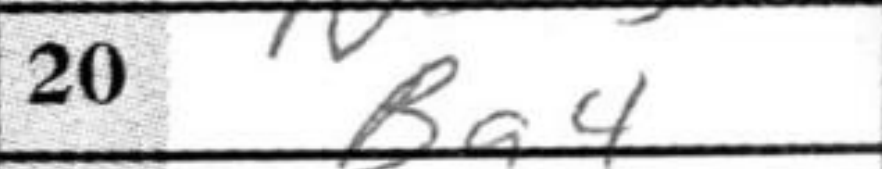
Transcription: Ba4